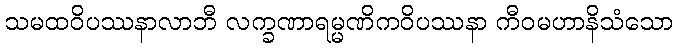
သမထဝိပဿနာလာဘီ လက္ခဏာရမ္မဏိကဝိပဿနာ ကီဝမဟာနိသံသော